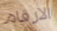
الارقام